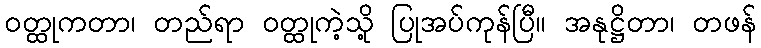
ဝတ္ထုကတာ၊ တည်ရာ ဝတ္ထုကဲ့သို့ ပြုအပ်ကုန်ပြီ။ အနုဋ္ဌိတာ၊ တဖန်